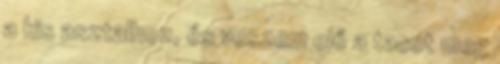
a kis asztalhoz, és veszem elő a tacot meg